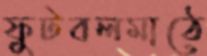
ফুটবলমাঠে